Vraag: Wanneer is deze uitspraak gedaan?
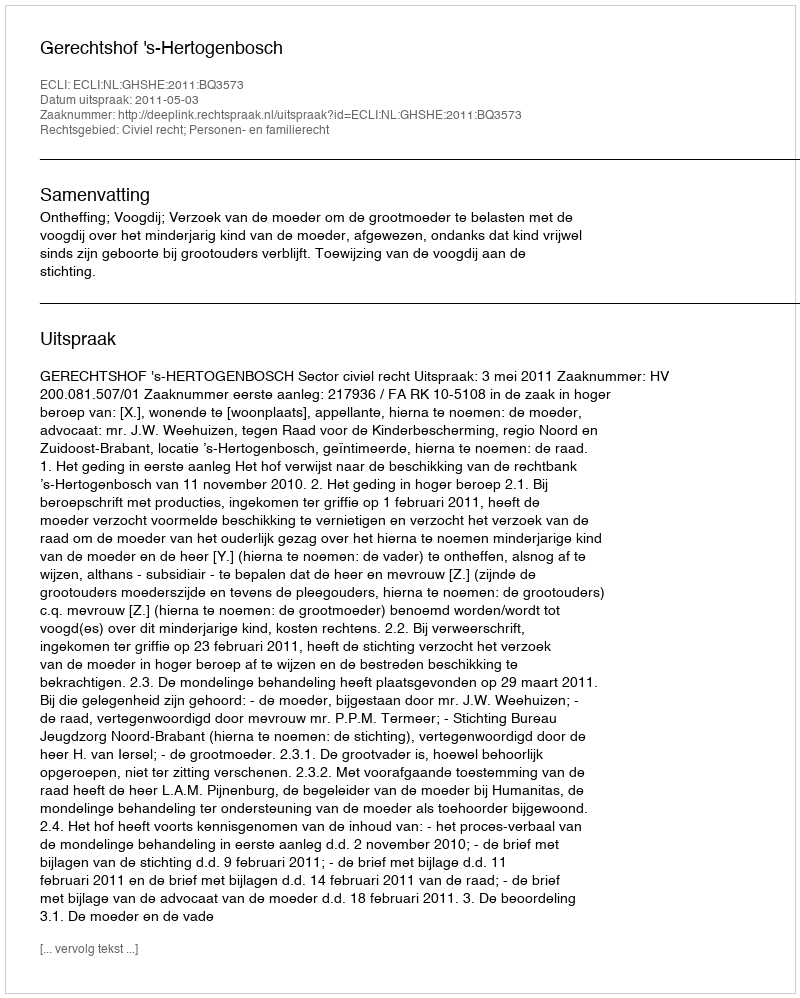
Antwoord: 2011-05-03